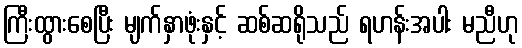
ကြီးထွားစေပြီး မျက်နှာဖုံးနှင့် ဆစ်ဆရိုသည် ရဟန်းအပါး မညီဟု